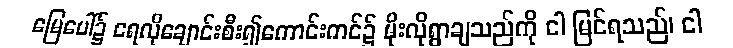
မြေပေါ်၌ ရေလိုချောင်းစီး၍ကောင်းကင်၌ မိုးလိုရွာချသည်ကို ငါ မြင်ရသည်၊ ငါ